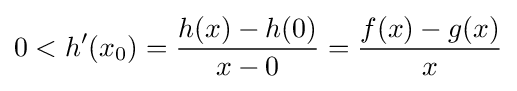
0<h'(x_{0})={\frac {h(x)-h(0)}{x-0}}={\frac {f(x)-g(x)}{x}}